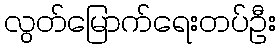
လွတ်မြောက်ရေးတပ်ဦး